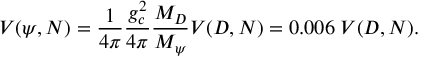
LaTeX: V ( \psi , N ) = { \frac { 1 } { 4 \pi } } { \frac { g _ { c } ^ { 2 } } { 4 \pi } } { \frac { M _ { D } } { M _ { \psi } } } V ( D , N ) = 0 . 0 0 6 \; V ( D , N ) .